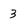
Character: 3